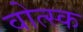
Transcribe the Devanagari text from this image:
वोत्स्क